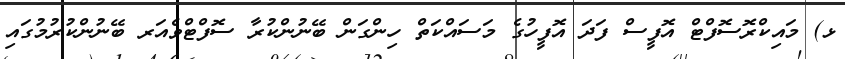
ޅ) މައިކްރޮސޮފްޓް އޮފީސް ފަދަ އޮފީހުގެ މަސައްކަތް ހިންގަން ބޭނުންކުރާ ސޮފްޓްވެއަރ ބޭނުންކުރުމުގައި